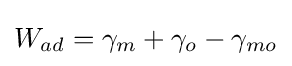
W_{ad}=\gamma _{m}+\gamma _{o}-\gamma _{mo}